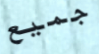
جميع